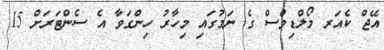
އޭޖް ކެއަރ މޯލްޑިވްސް ގެ ނަމުގައި މިހާރު ހިންގަވާ އެ ސެންޓަރަށް 15